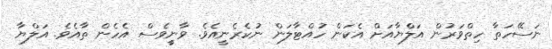
ނަސޭހަތާ ހިތްވަރުން އަލްޔާއަށް އެކަން ހުއްޓާލަން ނުކެރެނީއެވެ. ވާނީީވެސް އެހެން ތާއެވެ. އަލްޔާ